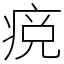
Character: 痥